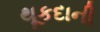
થૂકદાની